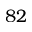
8 2